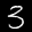
Label: 3